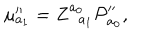
\mu _ { a _ { 1 } } ^ { \prime \prime } = Z _ { \; \; a _ { 1 } } ^ { a _ { 0 } } { \cal P } _ { a _ { 0 } } ^ { \prime \prime } ,